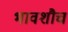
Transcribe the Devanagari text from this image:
भावशौच